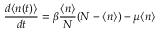
\frac { d \langle n ( t ) \rangle } { d t } = \beta \frac { \langle n \rangle } { N } ( N - \langle n \rangle ) - \mu \langle n \rangle